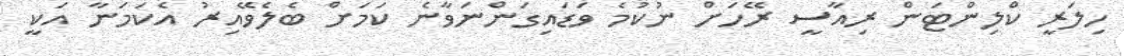
ހިލަރީ ކްލިންޓަން ރިއާސީ ރޭހަށް ނުކުމެ ވަޑައިގަންނަވާނެ ކަމަށް ބެލެވޭއިރު އެކަމަނާ އަކީ